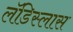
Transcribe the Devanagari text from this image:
लॅडिस्लास